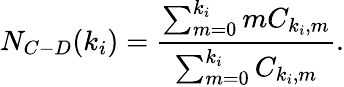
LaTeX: N_{C-D}(k_{i})=\frac{\sum_{m=0}^{k_{i}}mC_{k_{i},m}}{\sum_{m=0}^{k_{i}}C_{k_{i},m}}.